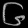
Digit: ၆